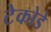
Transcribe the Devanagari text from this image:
टेकोडे